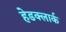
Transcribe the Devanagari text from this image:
हेडक्लार्क